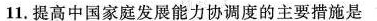
11.提高中国家庭发展能力协调度的主要措施是